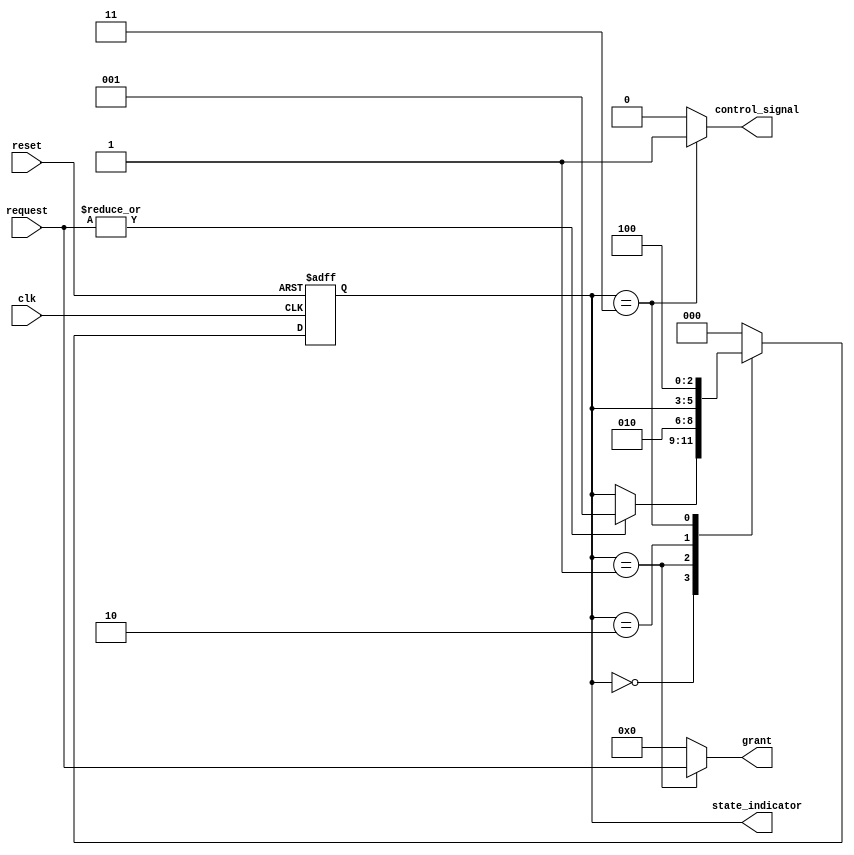
module BusController (
    input wire clk,               // Clock signal
    input wire reset,             // Reset signal
    input wire [N-1:0] request,   // Request signals from devices
    output reg [N-1:0] grant,      // Grant signal to devices
    output reg control_signal,     // Control signal for data transfer
    output reg [2:0] state_indicator // Status indicators for current state
);

// Parameters
parameter N = 4; // Number of devices
parameter IDLE = 3'b000;
parameter REQUEST = 3'b001;
parameter GRANT = 3'b010;
parameter TRANSFER = 3'b011;
parameter RELEASE = 3'b100;

reg [2:0] state, next_state;

// State transition logic
always @(posedge clk or posedge reset) begin
    if (reset) begin
        state <= IDLE; // Reset to Idle state
    end else begin
        state <= next_state; // Transition to next state
    end
end

// Next state logic
always @(*) begin
    // Default values
    next_state = state;
    grant = 0;
    control_signal = 0;
    state_indicator = state;

    case (state)
        IDLE: begin
            if (|request) begin // If any device requests access
                next_state = REQUEST;
            end
        end
        
        REQUEST: begin
            // Grant access to the first requesting device
            grant = request; // Grant to the requesting device
            next_state = GRANT;
        end
        
        GRANT: begin
            // Check if the device is ready to transfer
            if (grant) begin // If a device is granted access
                next_state = TRANSFER;
            end
        end
        
        TRANSFER: begin
            // Assume data transfer is occurring
            control_signal = 1; // Enable data transfer
            next_state = RELEASE; // Move to release state after transfer
        end
        
        RELEASE: begin
            // Release the bus
            grant = 0; // Clear grant signal
            control_signal = 0; // Disable control signal
            next_state = IDLE; // Go back to Idle state
        end
        
        default: begin
            next_state = IDLE; // Fallback to Idle state
        end
    endcase
end

endmodule